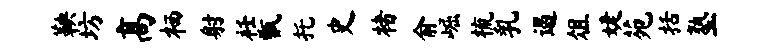
鞅坊高栖射衽甑托史楮俞崛梳乳遏俎婕苑括塾